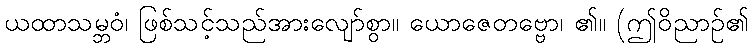
ယထာသမ္ဘဝံ၊ ဖြစ်သင့်သည်အားလျော်စွာ။ ယောဇေတဗ္ဗော၊ ၏။ (ဤဝိညာဉ်၏